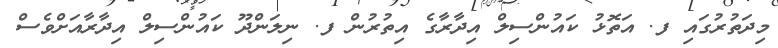
މިދަތުރުގައި ފ. އަތޮޅު ކައުންސިލް އިދާރާގެ އިތުރުން ފ. ނިލަންދޫ ކައުންސިލް އިދާރާއަށްވެސް